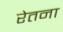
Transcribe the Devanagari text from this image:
रेतना